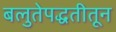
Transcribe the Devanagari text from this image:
बलुतेपद्धतीतून